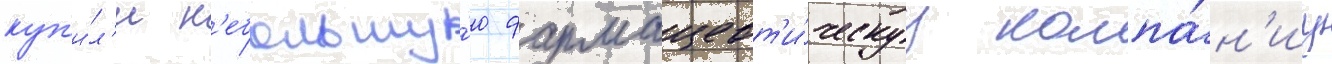
куп'и́л'и н'ебольшу́ю фармацевт'и́ческуу компа́н'иу